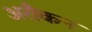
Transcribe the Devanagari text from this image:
अरौकन